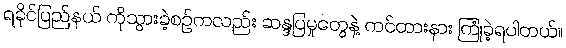
ရခိုင်ပြည်နယ် ကိုသွားခဲ့စဉ်ကလည်း ဆန္ဒပြမှုတွေနဲ့ ကင်တားနား ကြုံခဲ့ရပါတယ်။